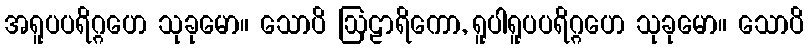
အရူပပရိဂ္ဂဟေ သုခုမော။ သောပိ ဩဠာရိကော, ရူပါရူပပရိဂ္ဂဟေ သုခုမော။ သောပိ